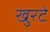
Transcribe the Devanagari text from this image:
खुरटे